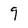
Character: 9